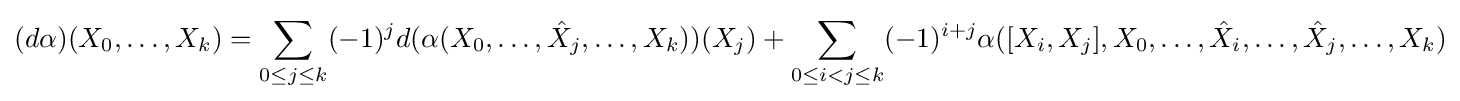
(d\alpha )(X_{0},\ldots ,X_{k})=\sum _{0\leq j\leq k}(-1)^{j}d(\alpha (X_{0},\ldots ,{\hat {X}}_{j},\ldots ,X_{k}))(X_{j})+\sum _{0\leq i<j\leq k}(-1)^{i+j}\alpha ([X_{i},X_{j}],X_{0},\ldots ,{\hat {X}}_{i},\ldots ,{\hat {X}}_{j},\ldots ,X_{k})